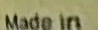
Made in